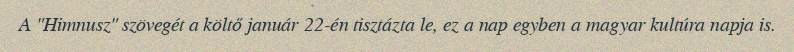
A "Himnusz" szövegét a költő január 22-én tisztázta le, ez a nap egyben a magyar kultúra napja is.